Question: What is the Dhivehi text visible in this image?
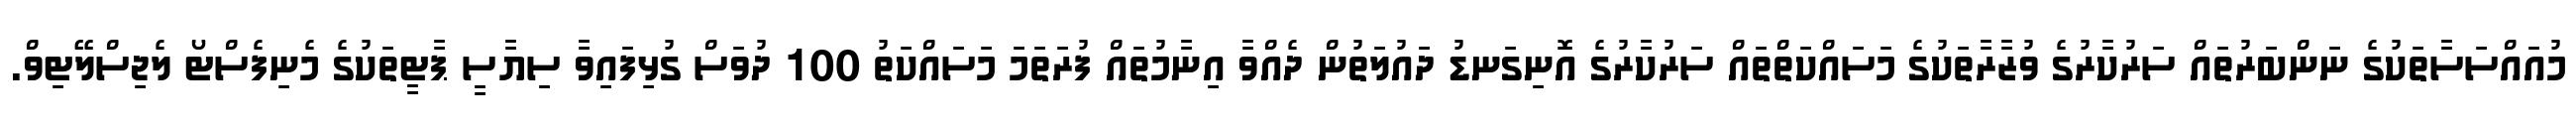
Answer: މުއައްސަސާތަކުގެ ނަންބަރުތައް ސަރުކާރުގެ ވުޒާރާތަކުގެ މަސައްކަތްތައް ސަރުކާރުގެ އޮނިގަނޑު ދައުލަތުން ދެއްވާ އިނާމުތައް ފުރަތަމަ މަސައްކަތު 100 ދުވަސް ގުޅިފައިވާ ސިޔާސީ ޕާޓީތަކުގެ މެނިފެސްޓޯ ލެޖިސްލޭޓިވް.